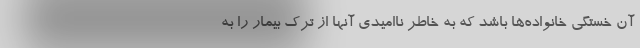
آن خستگی خانواده‌ها باشد که به خاطر ناامیدی آنها از ترک بیمار را به